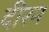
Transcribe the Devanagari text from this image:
दीरन